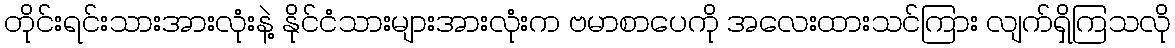
တိုင်းရင်းသားအားလုံးနဲ့ နိုင်ငံသားများအားလုံးက ဗမာစာပေကို အလေးထားသင်ကြား လျက်ရှိကြသလို